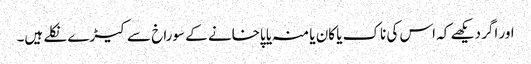
اور اگر دیکھے کہ اس کی ناک یا کان یا منہ یا پاخانے کے سوراخ سے کیڑے نکلے ہیں۔